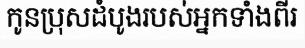
កូនប្រុសដំបូងរបស់អ្នកទាំងពីរ